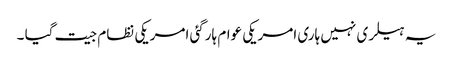
یہ ہیلری نہیں ہاری امریکی عوام ہارگئی امریکی نظام جیت گیا ۔